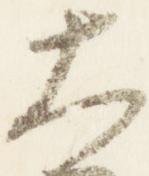
太